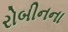
રોબીનના